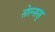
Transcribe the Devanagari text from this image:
सेल्सस्